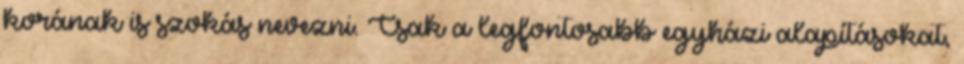
korának is szokás nevezni. Csak a legfontosabb egyházi alapításokat,